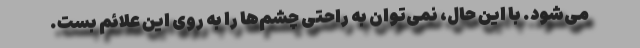
می‌شود. با این حال، نمی‌توان به راحتی چشم‌ها را به روی این علائم بست.